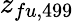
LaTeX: z_{fu,499}